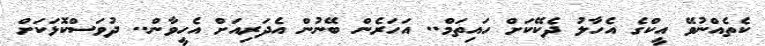
ކެތެއްނުވޭ އީކްގެ އެހާލު ދެކޭކަށް ހައިތަމް.. އަހަރެން ބޭނުން އެދަރިއަށް އެހީވާން.. ދުވަސްކޮޅަކަށް